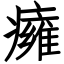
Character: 癕